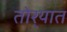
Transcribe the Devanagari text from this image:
तोर्‍यात